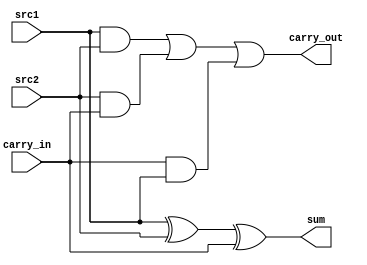
module fa(
    input src1,
    input src2,
    input carry_in,
    output sum,
    output carry_out
);
    assign sum = src1 ^ src2 ^ carry_in;
    assign carry_out = (src1 & src2) | (src2 & carry_in) | (carry_in & src1);
endmodule